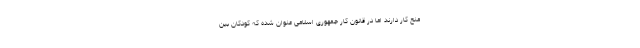
منع کار دارند اما در قانون کار جمهوری اسلامی عنوان شده که کودکان بین